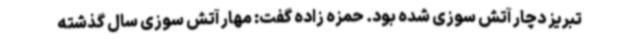
تبریز دچار آتش سوزی شده بود. حمزه زاده گفت: مهار آتش‌ سوزی سال گذشته